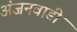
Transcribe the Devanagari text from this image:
अंजनवाडी